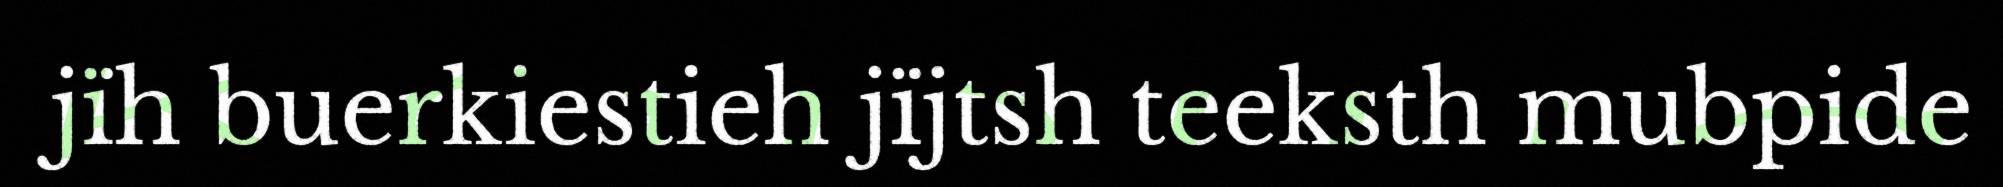
jïh buerkiestieh jïjtsh teeksth mubpide